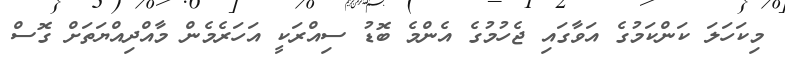
މިކަހަލަ ކަންކަމުގެ އަވާގައި ޖެހުމުގެ އެންމެ ބޮޑު ސިއްރަކީ އަހަރެމެން މާއްދިއްޔަތަށް ގޮސް